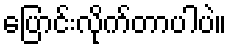
ပြောင်းလိုက်တာပါပဲ။